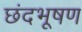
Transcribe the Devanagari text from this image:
छंदभूषण